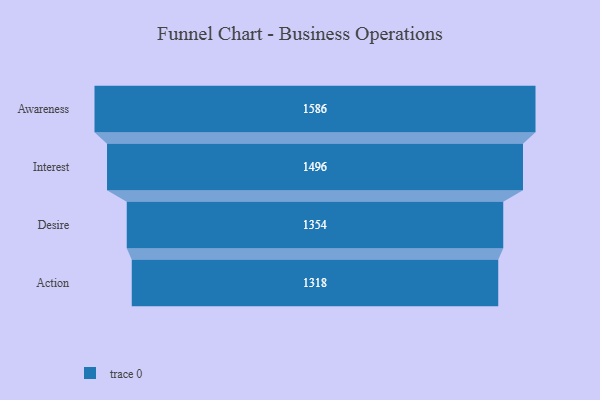
{"axis": {"x": "Stage", "y": "Value"}, "legend": [""], "data": [{"x": "Awareness", "y": 1586.0, "type": ""}, {"x": "Interest", "y": 1496.0, "type": ""}, {"x": "Desire", "y": 1354.0, "type": ""}, {"x": "Action", "y": 1318.0, "type": ""}]}